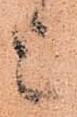
上